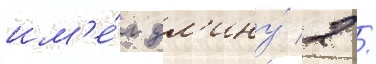
им'е́л дл'ину́ 2 /